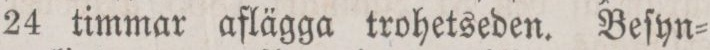
24 timmar aflägga trohetseden. Beſyn=